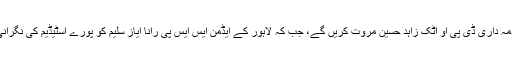
تمام قافلوں کی نگرانی کی ذمہ داری ڈی پی او اٹک زاہد حسین مروت کریں گے، جب کہ لاہور کے ایڈمن ایس ایس پی رانا ایاز سلیم کو پورے اسٹیڈیم کی نگرانی کی ذمہ داری سونپی گئی۔